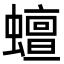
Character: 蟺